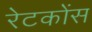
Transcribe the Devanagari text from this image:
रेटकोंस